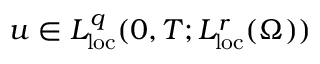
u \in L _ { \mathrm { l o c } } ^ { q } ( 0 , T ; L _ { \mathrm { l o c } } ^ { r } ( \Omega ) )